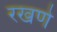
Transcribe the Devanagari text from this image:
रखणे